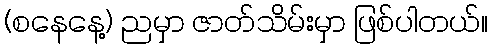
(စနေနေ့) ညမှာ ဇာတ်သိမ်းမှာ ဖြစ်ပါတယ်။